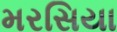
મરસિયા